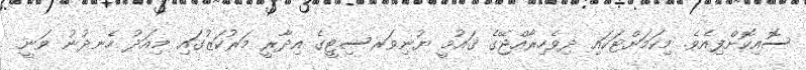
ސޮއިކޮށްފިއެވެ. މިކަމަށްޓަކައި ދިވެހިރާއްޖޭގެ ޤައުމީ ޔުނިވަރސިޓީގެ އިދާރީ މަރުކަޒުގައި މިއަދު ހެނދުނު ވަނީ